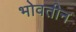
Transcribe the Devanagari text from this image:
भोवतीन